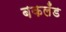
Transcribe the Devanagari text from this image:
बकलँड